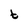
Character: t